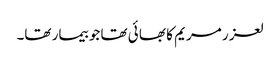
لعز ر مریم کا بھا ئی تھا جو بیمار تھا۔